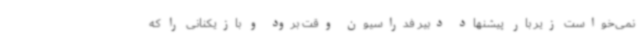
نمی‌خواست زیر بار پیشنهاد دبیر فدراسیون وقت برود و بازیکنانی را که